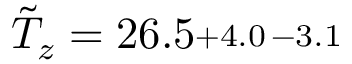
\tilde { T } _ { z } = 2 6 . 5 \substack { + 4 . 0 \, - 3 . 1 }